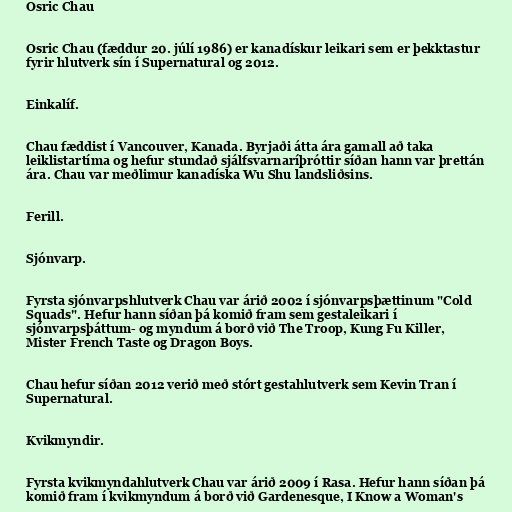
Osric Chau

Osric Chau (fæddur 20. júlí 1986) er kanadískur leikari sem er þekktastur
fyrir hlutverk sín í Supernatural og 2012.

Einkalíf.

Chau fæddist í Vancouver, Kanada. Byrjaði átta ára gamall að taka
leiklistartíma og hefur stundað sjálfsvarnaríþróttir síðan hann var þrettán
ára. Chau var meðlimur kanadíska Wu Shu landsliðsins.

Ferill.

Sjónvarp.

Fyrsta sjónvarpshlutverk Chau var árið 2002 í sjónvarpsþættinum "Cold
Squads". Hefur hann síðan þá komið fram sem gestaleikari í
sjónvarpsþáttum- og myndum á borð við The Troop, Kung Fu Killer,
Mister French Taste og Dragon Boys.

Chau hefur síðan 2012 verið með stórt gestahlutverk sem Kevin Tran í
Supernatural.

Kvikmyndir.

Fyrsta kvikmyndahlutverk Chau var árið 2009 í Rasa. Hefur hann síðan þá
komið fram í kvikmyndum á borð við Gardenesque, I Know a Woman's